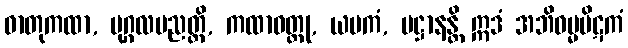
ဓာတုကထာ, ပုဂ္ဂလပညတ္တိ, ကထာဝတ္ထု, ယမကံ, ပဋ္ဌာနန္တိ ဣဒံ အဘိဓမ္မပိဋကံ